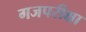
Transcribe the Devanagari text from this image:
गजपरीक्षा